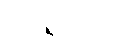
ကာရဝိယံ